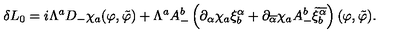
\delta L _ { 0 } = i \Lambda ^ { a } D _ { - } \chi _ { a } ( \varphi , \tilde { \varphi } ) + \Lambda ^ { a } A _ { - } ^ { b } \left( \partial _ { \alpha } \chi _ { a } \xi _ { b } ^ { \alpha } + \partial _ { \overline { { \alpha } } } \chi _ { a } A _ { - } ^ { b } \tilde { \xi } _ { b } ^ { \overline { { \alpha } } } \right) ( \varphi , \tilde { \varphi } ) .